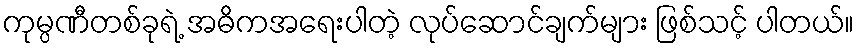
ကုမ္ပဏီတစ်ခုရဲ့ အဓိကအရေးပါတဲ့ လုပ်ဆောင်ချက်များ ဖြစ်သင့် ပါတယ်။